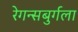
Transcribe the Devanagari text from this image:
रेगन्सबुर्गला